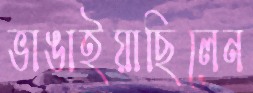
ভাঙাইয়াছিলেন